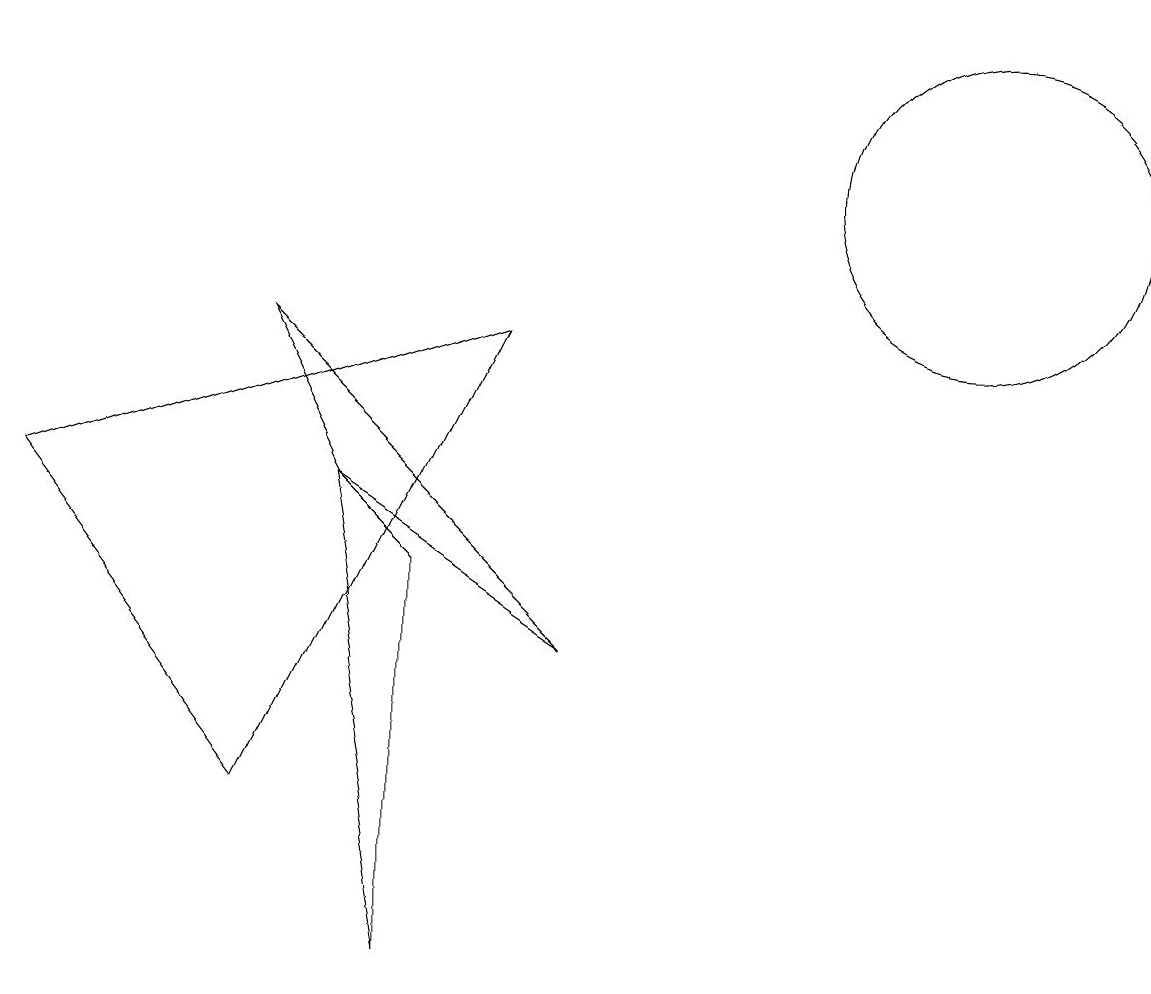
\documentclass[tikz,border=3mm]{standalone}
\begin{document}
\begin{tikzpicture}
\draw (12,10) circle (2);
\draw (6,8) -- (0,6) -- (3,2) -- cycle;
\draw (5,5) -- (4,6) -- (5,0) -- cycle;
\draw (7,4) -- (4,6) -- (3,8) -- cycle;
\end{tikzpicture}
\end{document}